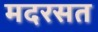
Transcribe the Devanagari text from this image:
मदरसत